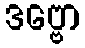
ဒဗ္ဗော